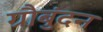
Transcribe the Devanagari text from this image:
ग्रौबुंदन